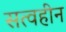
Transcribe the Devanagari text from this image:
सत्वहीन